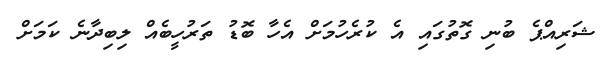
ޝަރިއްޕެ ބުނި ގޮތުގައި އެ ކުރެހުމަށް އެހާ ބޮޑު ތަރުހީބެއް ލިބިދާނެ ކަމަށް